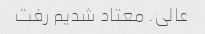
عالی. معتاد شدیم رفت